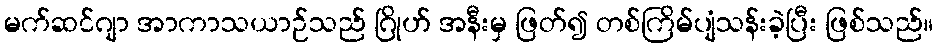
မက်ဆင်ဂျာ အာကာသယာဉ်သည် ဂြိုဟ် အနီးမှ ဖြတ်၍ တစ်ကြိမ်ပျံသန်းခဲ့ပြီး ဖြစ်သည်။